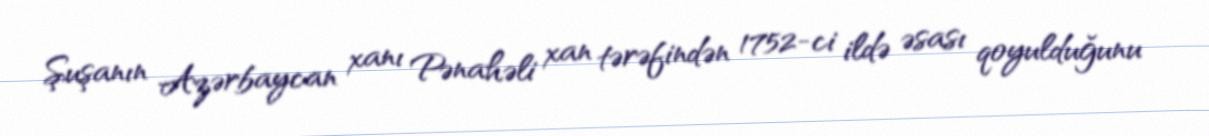
Şuşanın Azərbaycan xanı Pənahəli xan tərəfindən 1752-ci ildə əsası qoyulduğunu